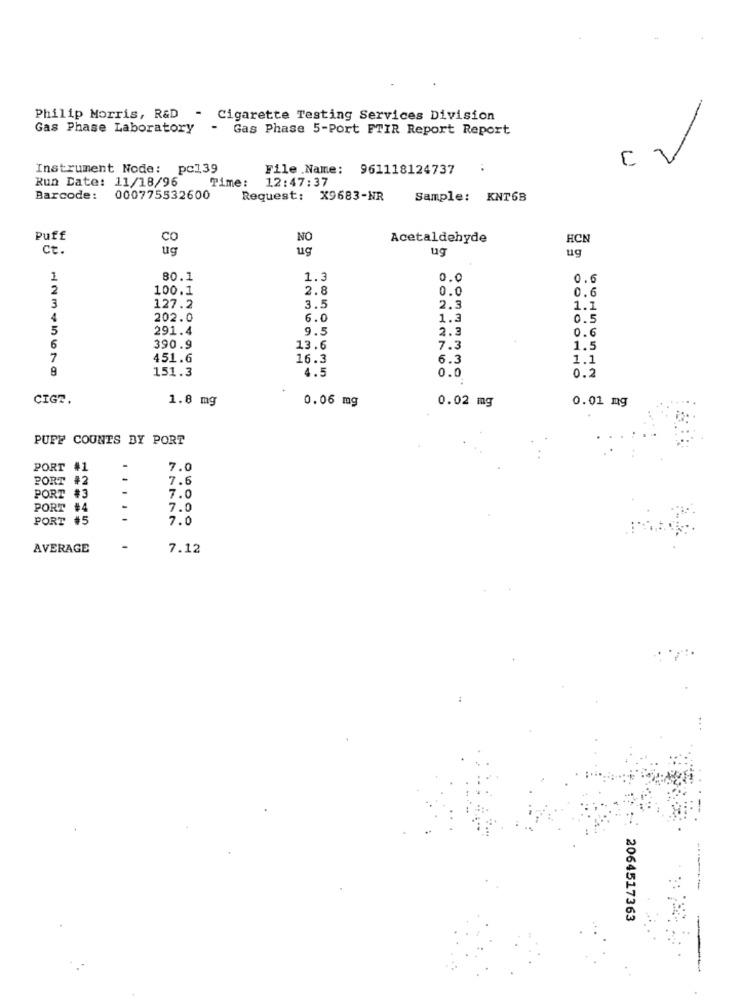
Philip Morris, R&D - Cigarette Testing Services Division
Gas Phase Laboratory
- Gas Phase 5-Port FTIR Report Report
C
/
Instrument Node: pc139
File Name: 961118124737
Run Date: 11/18/96
Time:
12:47:37
Barcode:
000775532600
Request: X9683-NR
Sample: KNT6B
Puff
NO
Acetaldehyde
HCK
Ct
ug
ug
ug
80.1
1.3
0.0
0.6
2
100.1
2.8
0.0
0.6
3
127.2
3.5
2.3
1.1
4
202.0
6.0
1.3
0.5
5
291.4
9.5
2.3
0.6
6
390.9
13.6
7.3
1.5
7
451.6
16.3
6.3
1.1
9
151.3
4.5
0.0
0.2
CIGZ.
1.8 mg
0.06 mg
0.02 mg
0.01 mg
PUFF COUNTS BY PORT
PORT #1
7.0
PORT #2
7.6
PORT #3
-
7.0
PORT #4
-
7.0
PORT #5
7.0
AVERAGE
7.12
2064517363
-